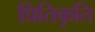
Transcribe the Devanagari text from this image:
प्रितिकृति